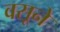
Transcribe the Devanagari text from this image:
वसूने